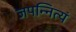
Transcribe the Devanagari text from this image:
जपन्नित्यं